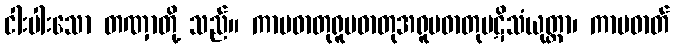
ငါးပါးသော တဏှာတို့ သည်။ ကာမဓာတုရူပဓာတုအရူပဓာတုပဋိသံယုတ္တာ၊ ကာမဓာတ်